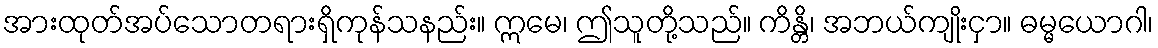
အားထုတ်အပ်သောတရားရှိကုန်သနည်း။ ဣမေ၊ ဤသူတို့သည်။ ကိန္တိ၊ အဘယ်ကျိုးငှာ။ ဓမ္မယောဂါ၊